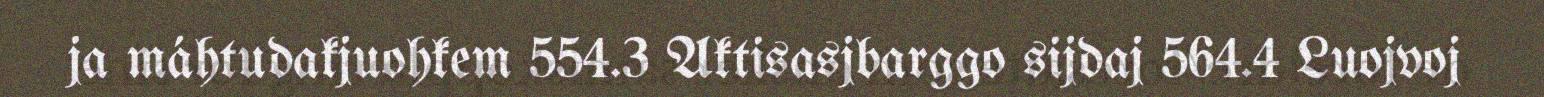
ja máhtudakjuohkem 554.3 Aktisasjbarggo sijdaj 564.4 Luojvoj